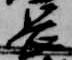
長